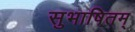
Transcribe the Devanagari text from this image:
सुभाषितम्